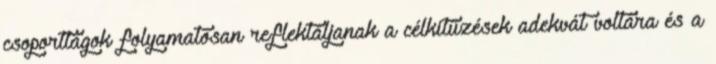
csoporttagok folyamatosan reflektáljanak a célkitűzések adekvát voltára és a